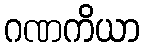
ဂဏကိယာ